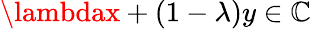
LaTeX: \lambdax+(1-\lambda)y\in\mathbb{C}